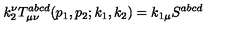
k _ { 2 } ^ { \nu } T _ { \mu \nu } ^ { a b c d } ( p _ { 1 } , p _ { 2 } ; k _ { 1 } , k _ { 2 } ) = k _ { 1 \mu } S ^ { a b c d }